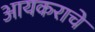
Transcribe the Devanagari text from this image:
आयकराचे